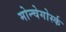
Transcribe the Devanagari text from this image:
मोन्चेगोर्स्क